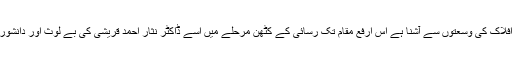
اردو زبان و ادب اس وقت افلاک کی وسعتوں سے آشنا ہے اس ارفع مقام تک رسائی کے کٹھن مرحلے میں اسے ڈاکٹر نثار احمد قریشی کی بے لوث اور دانشورانہ اعانت نصیب رہی ہے۔